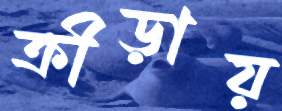
ক্রীড়ায়